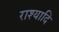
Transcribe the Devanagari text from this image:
राश्यादि